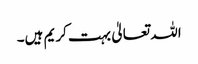
اللہ تعالیٰ بہت کریم ہیں۔